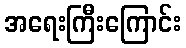
အရေးကြီးကြောင်း